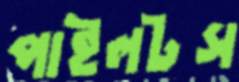
পাইলটস